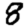
Digit: 8